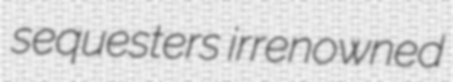
sequesters irrenowned